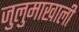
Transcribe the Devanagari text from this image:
जुलुमाखाली